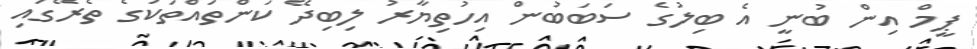
ޕީމް އިން ބުނީ އެ ބިލުގެ ސަބަބުން އިހުތިޔާރު ލިބިދޭ ކަންތައްތަކުގެ ތެރޭގައި